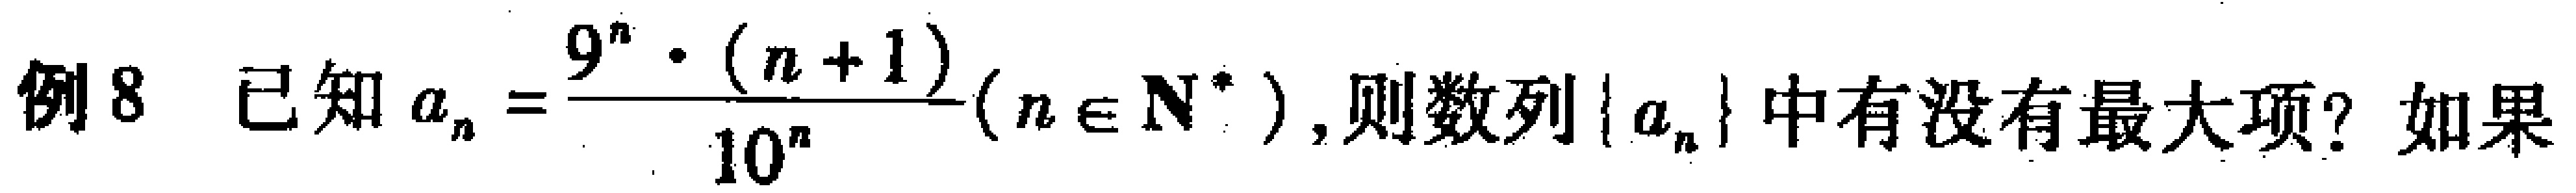
例8 已知\(a_{n}=\frac{9^{n}\cdot(n + 1)}{10^{n}}(n\in\mathbf{N}^{*})\)，则数列\(\{a_{n}\}\)中有没有最大项？如果